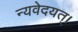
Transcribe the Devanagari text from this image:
न्यवेदयत्।